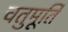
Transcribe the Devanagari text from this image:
चतुमूर्ति